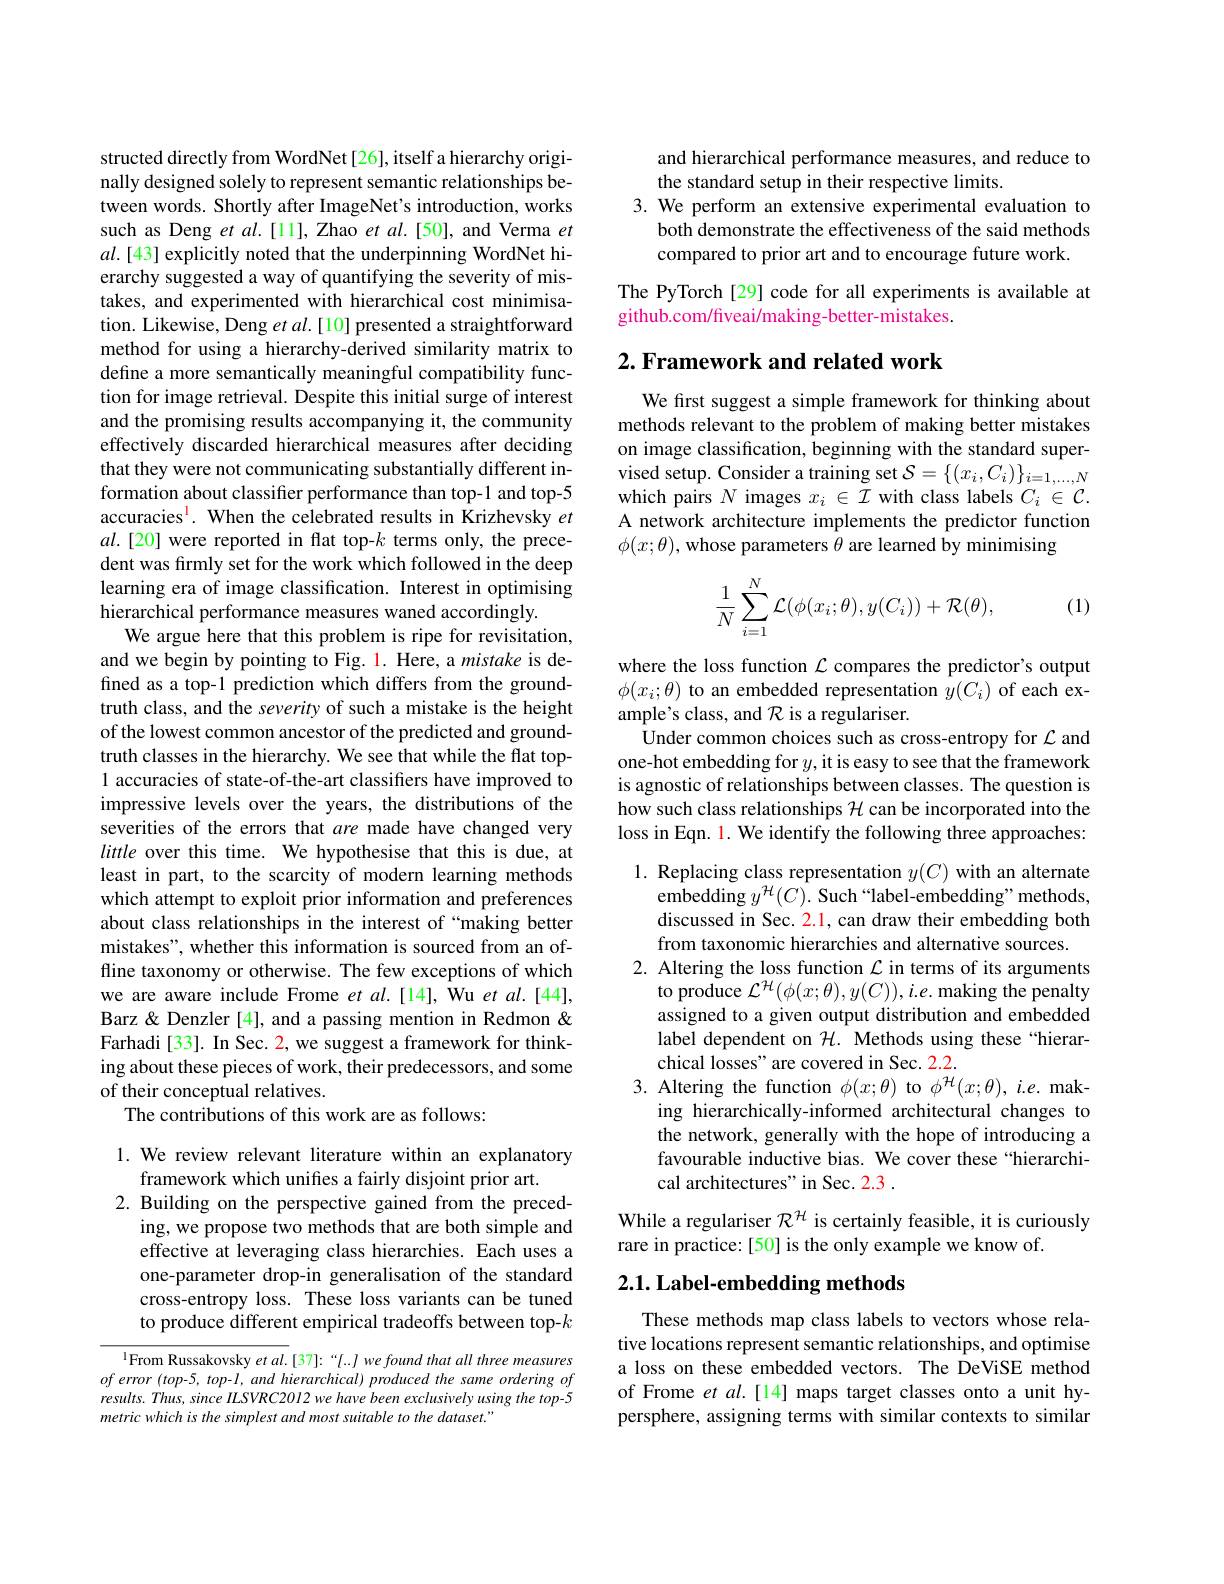
structed directly from WordNet[26], itself a hierarchy originally designed solely to represent semantic relationships between words. Shortly after ImageNet's introduction, works such as Deng et $al.[11]$,Zhao et al.[50], and Verma $et$ $al.[43]$ explicitly noted that the underpinning WordNet hierarchy suggested a way of quantifying the severity of mistakes, and experimented with hierarchical cost minimisation. Likewise, Deng $etal.[10]$ presented a straightforward method for using a hierarchy-derived similarity matrix to define a more semantically meaningful compatibility function for image retrieval. Despite this initial surge of interest and the promising results accompanying it, the community effectively discarded hierarchical measures after deciding that they were not communicating substantially different information about classifer performance than top-1 and top-5 accuracies$^{\mathrm{l}}$. When the celebrated results in Krizhevsky $et$ $al.[20]$ were reported in flat top-$k$ terms only, the precedent was firmly set for the work which followed in the deep learning era of image classification. Interest in optimising hierarchical performance measures waned accordingly.
We argue here that this problem is ripe for revisitation, and we begin by pointing to Fig. 1. Here, a mistake is defined as a top-1 prediction which differs from the groundtruth class, and the severity of such a mistake is the height of the lowest common ancestor of the predicted and groundtruth classes in the hierarchy. We see that while the flat top- 1 accuracies of state-of-the-art classifiers have improved to impressive levels over the years, the distributions of the severities of the errors that are made have changed very little over this time. We hypothesise that this is due, at least in part, to the scarcity of modern learning methods which attempt to exploit prior information and preferences about class relationships in the interest of “making better mistakes", whether this information is sourced from an offline taxonomy or otherwise. The few exceptions of which we are aware include Frome et al.[14], Wu et al.[44], Barz & Denzler [4], and a passing mention in Redmon & Farhadi[33]. In Sec. 2, we suggest a framework for thinking about these pieces of work, their predecessors, and some of their conceptual relatives.
The contributions of this work are as follows:
1. We review relevant literature within an explanatory

framework which unifies a fairly disjoint prior art.
2. Building on the perspective gained from the preced-
ing, we propose two methods that are both simple and effective at leveraging class hierarchies. Each uses a one-parameter drop-in generalisation of the standard cross-entropy loss. These loss variants can be tuned to produce different empirical tradeoffs between top-$k$

$^{1}$From Russakovsky et al.[37]:“[..] we found that all three measures oferror (top-5, top-1, and hierarchical) produced the same ordering of results. Thus, since ILSVRC2012 we have been exclusively using the top-5 metric which is the simplest and most suitable to the dataset."

and hierarchical performance measures, and reduce to
the standard setup in their respective limits.
3. We perform an extensive experimental evaluation to
both demonstrate the effectiveness of the said methods
compared to prior art and to encourage future work.

The PyTorch [29] code for all experiments is available at
github.com/fiveai/making-better-mistakes.

# 2. Framework and related work

We first suggest a simple framework for thinking about methods relevant to the problem of making better mistakes on image classification, beginning with the standard supervised setup. Consider a training set $\mathcal{S}=\{(x_i,C_i)\}_{i=1,\ldots,N}$ which pairs $N$ images $x_i\in\mathcal{I}$ with class labels $C_i\in\mathcal{C}.$ A network architecture implements the predictor function $\phi(x;\theta)$, whose parameters $\theta$ are learned by minimising
$$\begin{aligned}\frac{1}{N}\sum_{i=1}^{N}\mathcal{L}(\phi(x_i;\theta),y(C_i))+\mathcal{R}(\theta),\end{aligned}$$
(1)

where the loss function $\mathcal{L}$ compares the predictor's output $\phi(x_{i};\theta)$ to an embedded representation $y(C_{i})$ of each example's class, and $\mathcal{R}$ is a regulariser.
Under common choices such as cross-entropy for $\mathcal{L}$ and one-hot embedding for $y$,it is easy to see that the framework is agnostic of relationships between classes. The question is how such class relationships $\mathcal{H}$ can be incorporated into the loss in Eqn. 1. We identify the following three approaches:

1. Replacing class representation $y(C)$ with an alternate
embedding $y^{\mathcal{H}}(C).$ Such“label-embedding”methods, discussed in Sec. 2.1, can draw their embedding both from taxonomic hierarchies and alternative sources.
2. Altering the loss function $\mathcal{L}$ in terms of its arguments
to produce $\mathcal{L}^{\mathcal{H}}(\phi(x;\theta),y(C)),i.e.$ making the penalty assigned to a given output distribution and embedded label dependent on $\mathcal{H}.$ Methods using these“hierarchical losses" are covered in Sec. 2.2.
3. Altering the function $\phi(x;\theta)$ to $\phi^{\mathcal{H}}(x;\theta),i.e.$ mak-
ing hierarchically-informed architectural changes to the network, generally with the hope of introducing a favourable inductive bias. We cover these “hierarchical architectures" in Sec. 2.3 .
While a regulariser $\mathcal{R}^{\mathcal{H}}$ is certainly feasible, it is curiously

rare in practice: [50] is the only example we know of.

## $2. 1. \textbf{Label- embedding methods}$

These methods map class labels to vectors whose relative locations represent semantic relationships, and optimise a loss on these embedded vectors. The DeViSE method of Frome et al.[14] maps target classes onto a unit hypersphere, assigning terms with similar contexts to similar